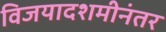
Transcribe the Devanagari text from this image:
विजयादशमीनंतर